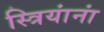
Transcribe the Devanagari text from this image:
स्त्रियांनां